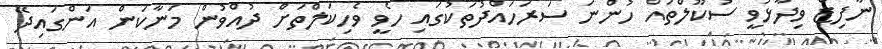
ނާފިޒް ވިދާޅުވީ ސުކޫލްތައް ހުންނަ ސަރަހައްދުތަކުގައި ހެވީ ވެހިކަލްތަށް ދުއްވުން މަނާކަން އަންގައިދޭ